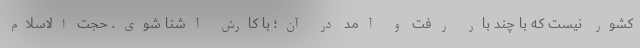
کشور نیست که با چند بار رفت و آمد در آن؛ با کارش آشنا شوی. حجت الاسلام